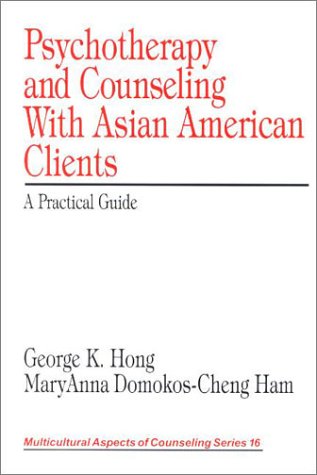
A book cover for Psychotherapy and Counseling With Asian American Clients: A Practical Guide (Multicultural Aspects of Counseling And Psychotherapy); George K. Hong; Medical Books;